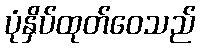
ပုံနှိပ်ထုတ်ဝေသည်